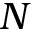
N